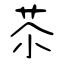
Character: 苶